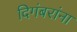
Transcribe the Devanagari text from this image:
दिगंबरांना